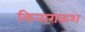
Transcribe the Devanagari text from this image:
किनाराकश